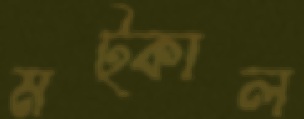
মট্‌কাল